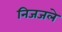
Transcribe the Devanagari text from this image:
निजजले